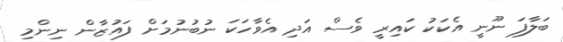
ބަލާފަ ނޫނީ އެކަކު ކައިރީ ވެސް އަދި އެވާހަކަ ނުބުނުމަށް ފައުޒާން ނިންމި